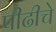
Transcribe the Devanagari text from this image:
पीढीचे